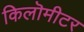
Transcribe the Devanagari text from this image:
किलॊमीटर